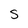
Character: S